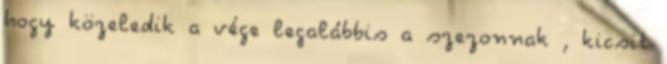
hogy közeledik a vége legalábbis a szezonnak , kicsit